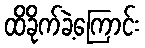
ထိခိုက်ခဲ့ကြောင်း